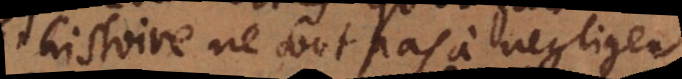
l’histoire ne sont pas à negliger.